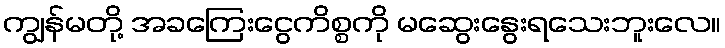
ကျွန်မတို့ အခကြေးငွေကိစ္စကို မဆွေးနွေးရသေးဘူးလေ။